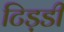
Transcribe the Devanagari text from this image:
टिड़डी